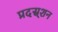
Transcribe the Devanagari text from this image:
प्रदस्र्शन